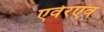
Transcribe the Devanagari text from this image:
एर्वेरएव